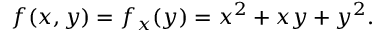
f ( x , y ) = f _ { x } ( y ) = x ^ { 2 } + x y + y ^ { 2 } .